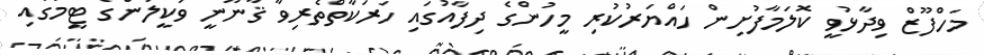
މަހްފޫޒް ވިދާޅުވީ ކޮލަމާފުށިން ހައްޔަރުކުރި މީހުންގެ ދިފާއުގައި ހަރަކާތްތެރިވާ ޤާނޫނީ ވަކީލުންގެ ޓީމުގައި